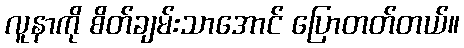
လူနာကို စိတ်ချမ်းသာအောင် ပြောတတ်တယ်။